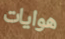
هوايات